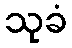
သုခံ